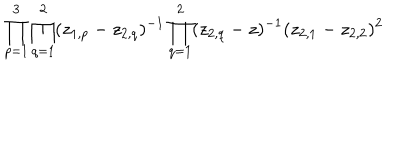
\prod _ { p = 1 } ^ { 3 } \prod _ { q = 1 } ^ { 2 } ( z _ { 1 , p } - z _ { 2 , q } ) ^ { - 1 } \prod _ { q = 1 } ^ { 2 } ( z _ { 2 , q } - z ) ^ { - 1 } ( z _ { 2 , 1 } - z _ { 2 , 2 } ) ^ { 2 }